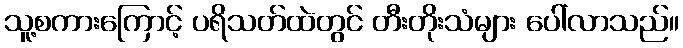
သူ့စကားကြောင့် ပရိသတ်ထဲတွင် တီးတိုးသံများ ပေါ်လာသည်။